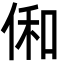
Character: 俰